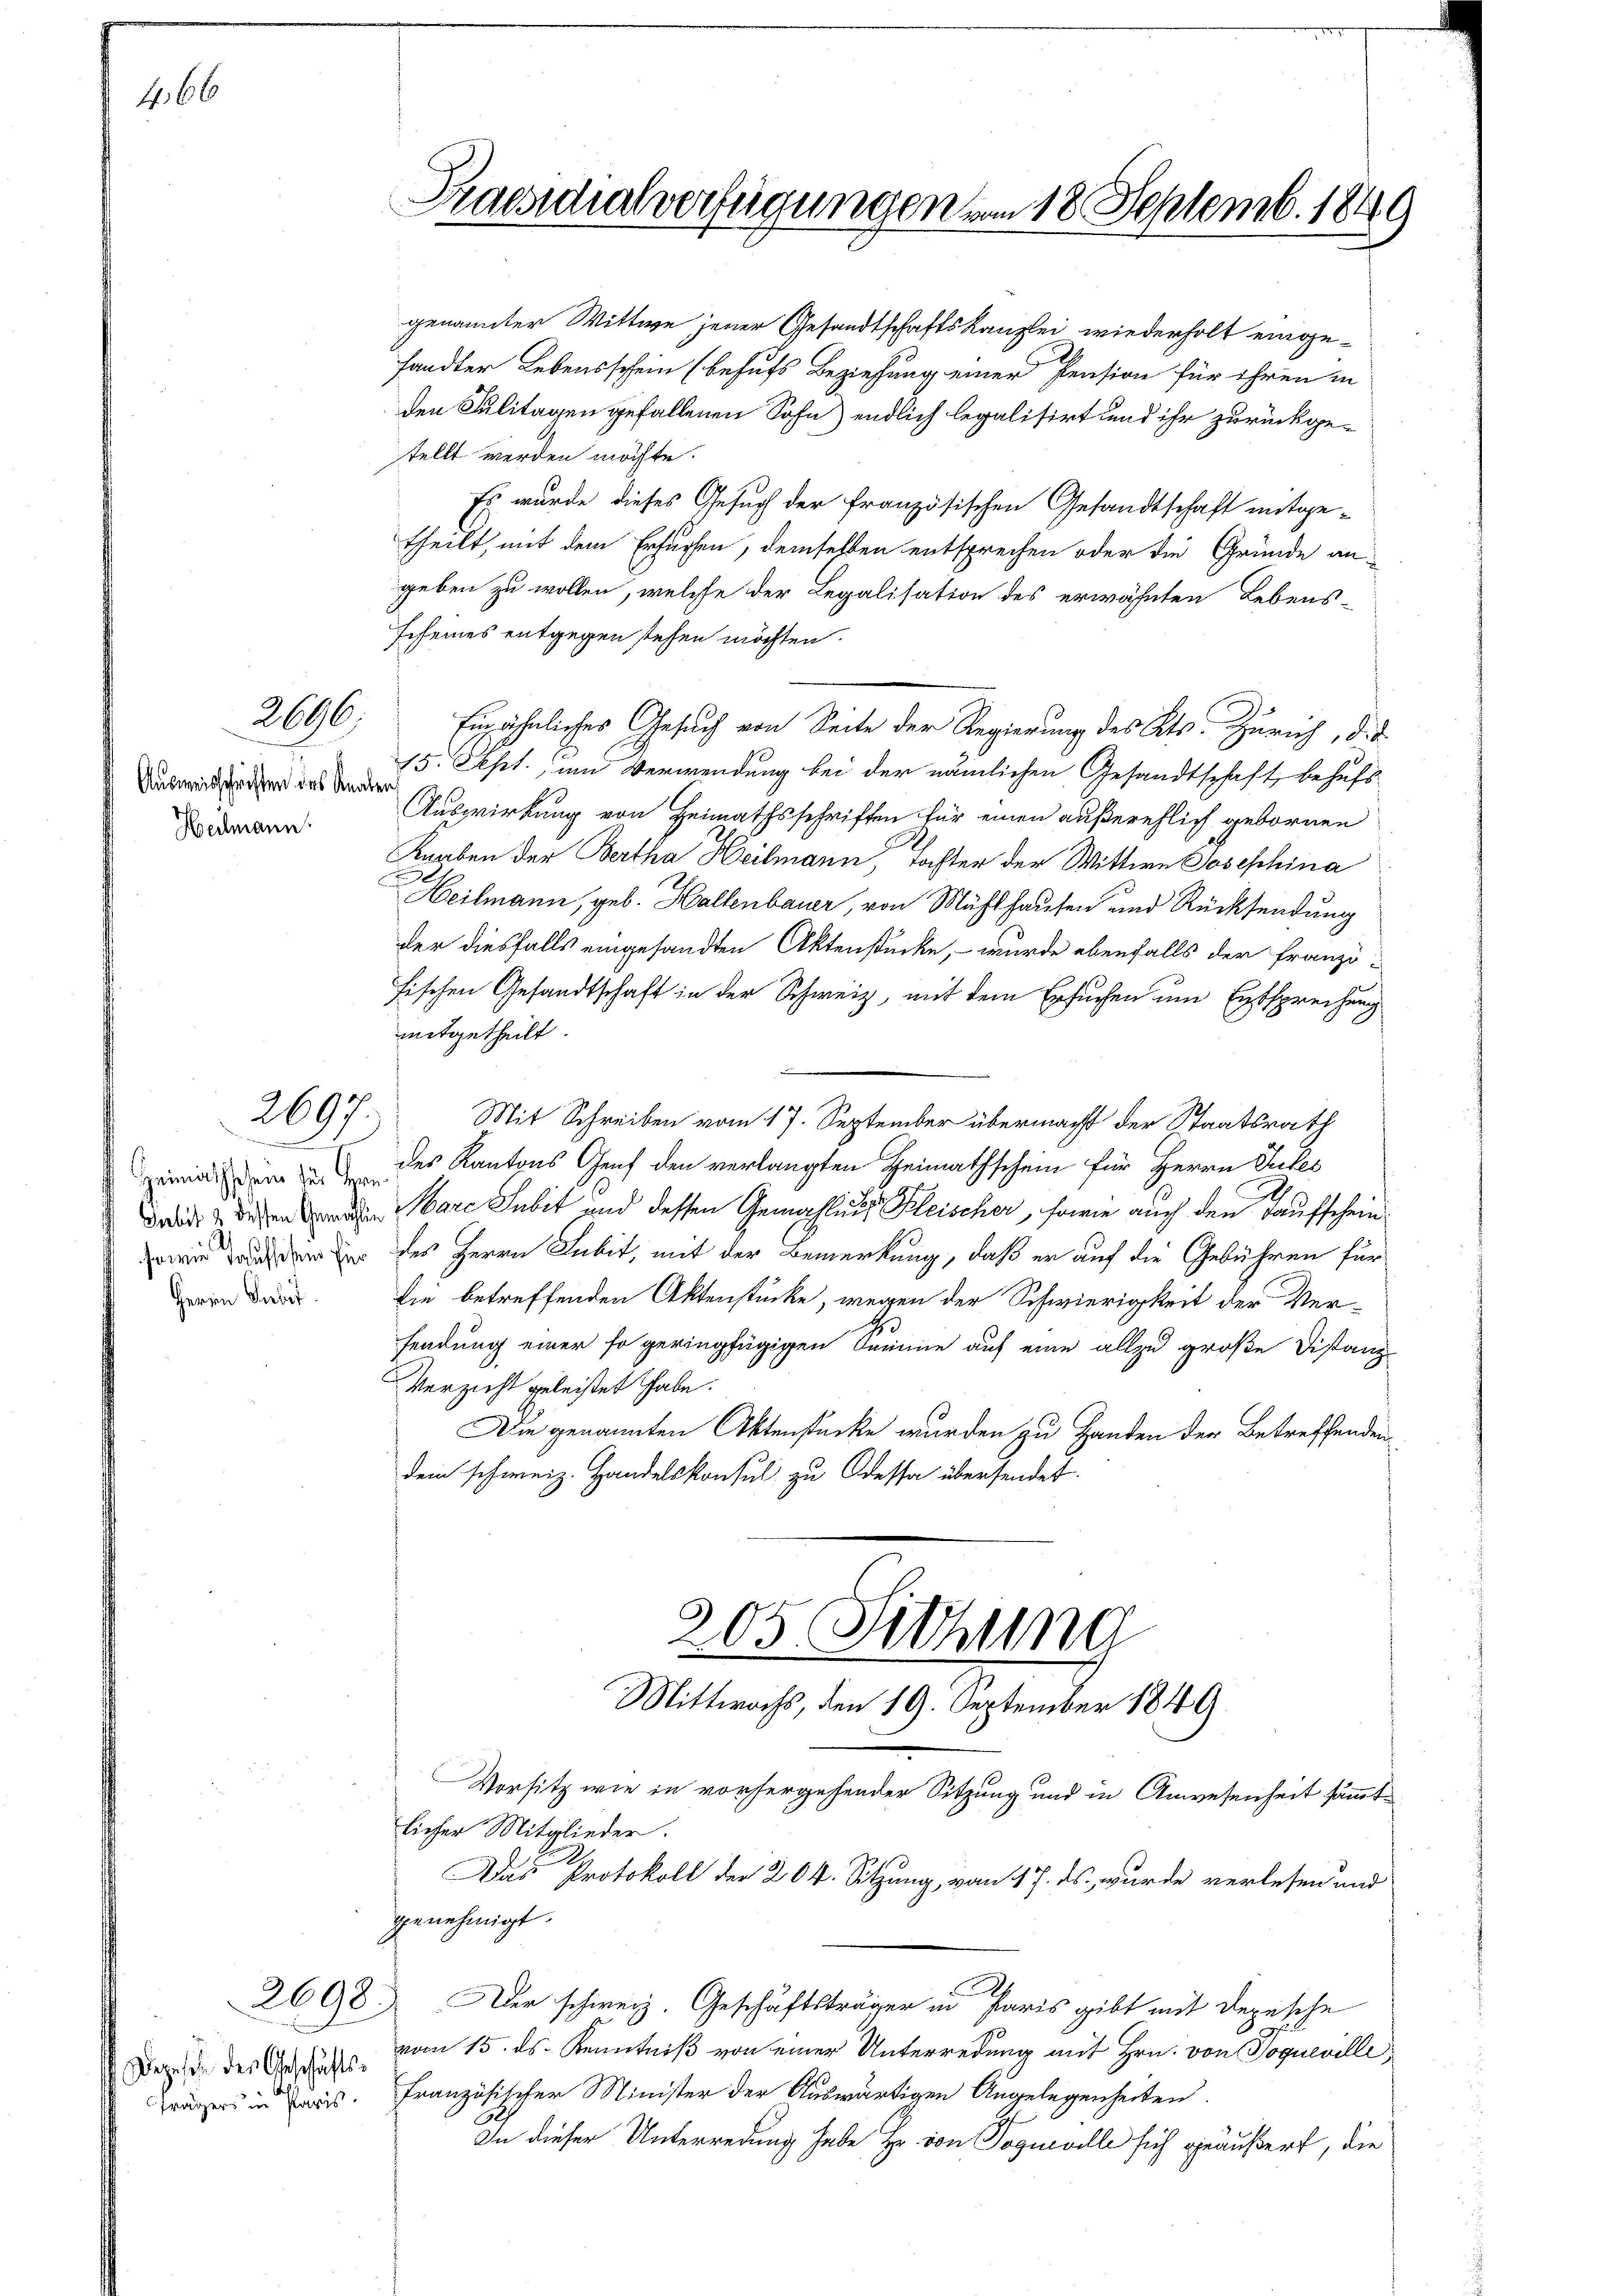
466

2696.

Ausweisschriften des Knaben
Heilmann

2697.

.
Herrn Subst.

genannter Wittwe jener Gesandtschaftskanzlei wiederholt eingefandter Lebensschein (behufs Beziehung einer Pension für ihren in
den Julitagen gefallenen Sohn) endlich legalisirt und ihr zurückgestellt werden möchte.
Es wurde dieses Gesuch der französischen Gesandtschaft mitgetheilt, mit dem Ersuchen, demselben entsprechen oder die Gründe an
geben zu wollen, welche der Legalisation des erwähnten Lebens-
scheines entgegen stehen möchten.
Einähnliches Gesuch von Seite der Regierung des Kts. Zürich, die
15. Sept. um Verwendung bei der nämlichen Gesandtschaft, behufs
Auswirkung von Heimathsschriften für einen außerehlich gebornen
Knaben der Bertha Heilmann, Tochter der Wittwe Josephina
Heilmann, geb. Hallenbauer, von Mühlhausen und Rücksendung
der diesfalls eingesandten Aktenstücke, – wurde ebenfalls der Franzifischen Gesandtschaft in der Schweiz, mit dem Ersuchen um Entsprechung
mitgetheilt.
Mit Schreiben vom 17. September übermacht der Staatsrath
zemien dem des Kantons Genf den verlangten Heimathschein für Herrn Gutes
2.
drid & diesen bare Subet und dessen Gemahlings Kleischer, sowie auch den Taufschein
wie der er des Herrn Subit, mit der Bemerkung, daß er auf die Gebühren für
die betreffenden Aktenstücke, wegen der Schwierigkeit der Verfendung einer so geringfügigen Summe auf eine allzu große Distanz¬
Verzieht geleistet habe.
Die genannten Aktenstücke wurden zu Handen der Betreffenden
dem schweiz. Handelskonsul zu Odessa übersendet.
205 Sitzung
Mittwochs, den 19. September 1849
Vorsitz wie in vorhergehender Sitzung und in Anwesenheit sämmtlicher Mitglieder.
Das Protokoll der 204. Sitzung, vom 17. ds. wurde verlesen und
genehmigt.
2690. Der schweiz. Geschäftsträger in Paris gibt mit Depesche
Depide des Gedeihe vom 15. ds. Kenntniß von einer Unterredung mit Hrn. von Poqueville
französischer Minister der Auswärtigen Angelegenheiten.
In dieser Unterredung habe Hr. von Vogueville sich geäußert, die

frägers in Paris.

Praesidialverfügungen vom 18. Septemb. 1849